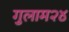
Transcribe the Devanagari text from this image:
गुलाम२४